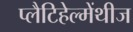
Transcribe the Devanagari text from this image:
प्लैटिहेल्मेंथीज